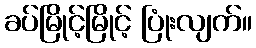
ခပ်မြိုင့်မြိုင့် ပြုံးလျက်။